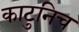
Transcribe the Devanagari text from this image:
काटुनिच